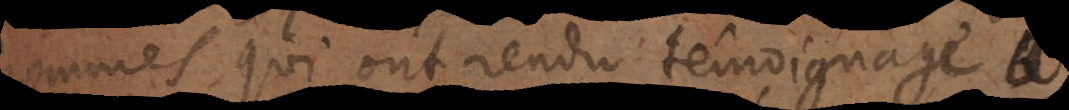
hommes qui ont rendu témoignage